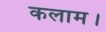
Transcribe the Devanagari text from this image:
कलाम।